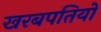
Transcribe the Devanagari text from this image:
खरबपतियों